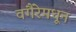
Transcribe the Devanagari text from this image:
वगैरेमधून